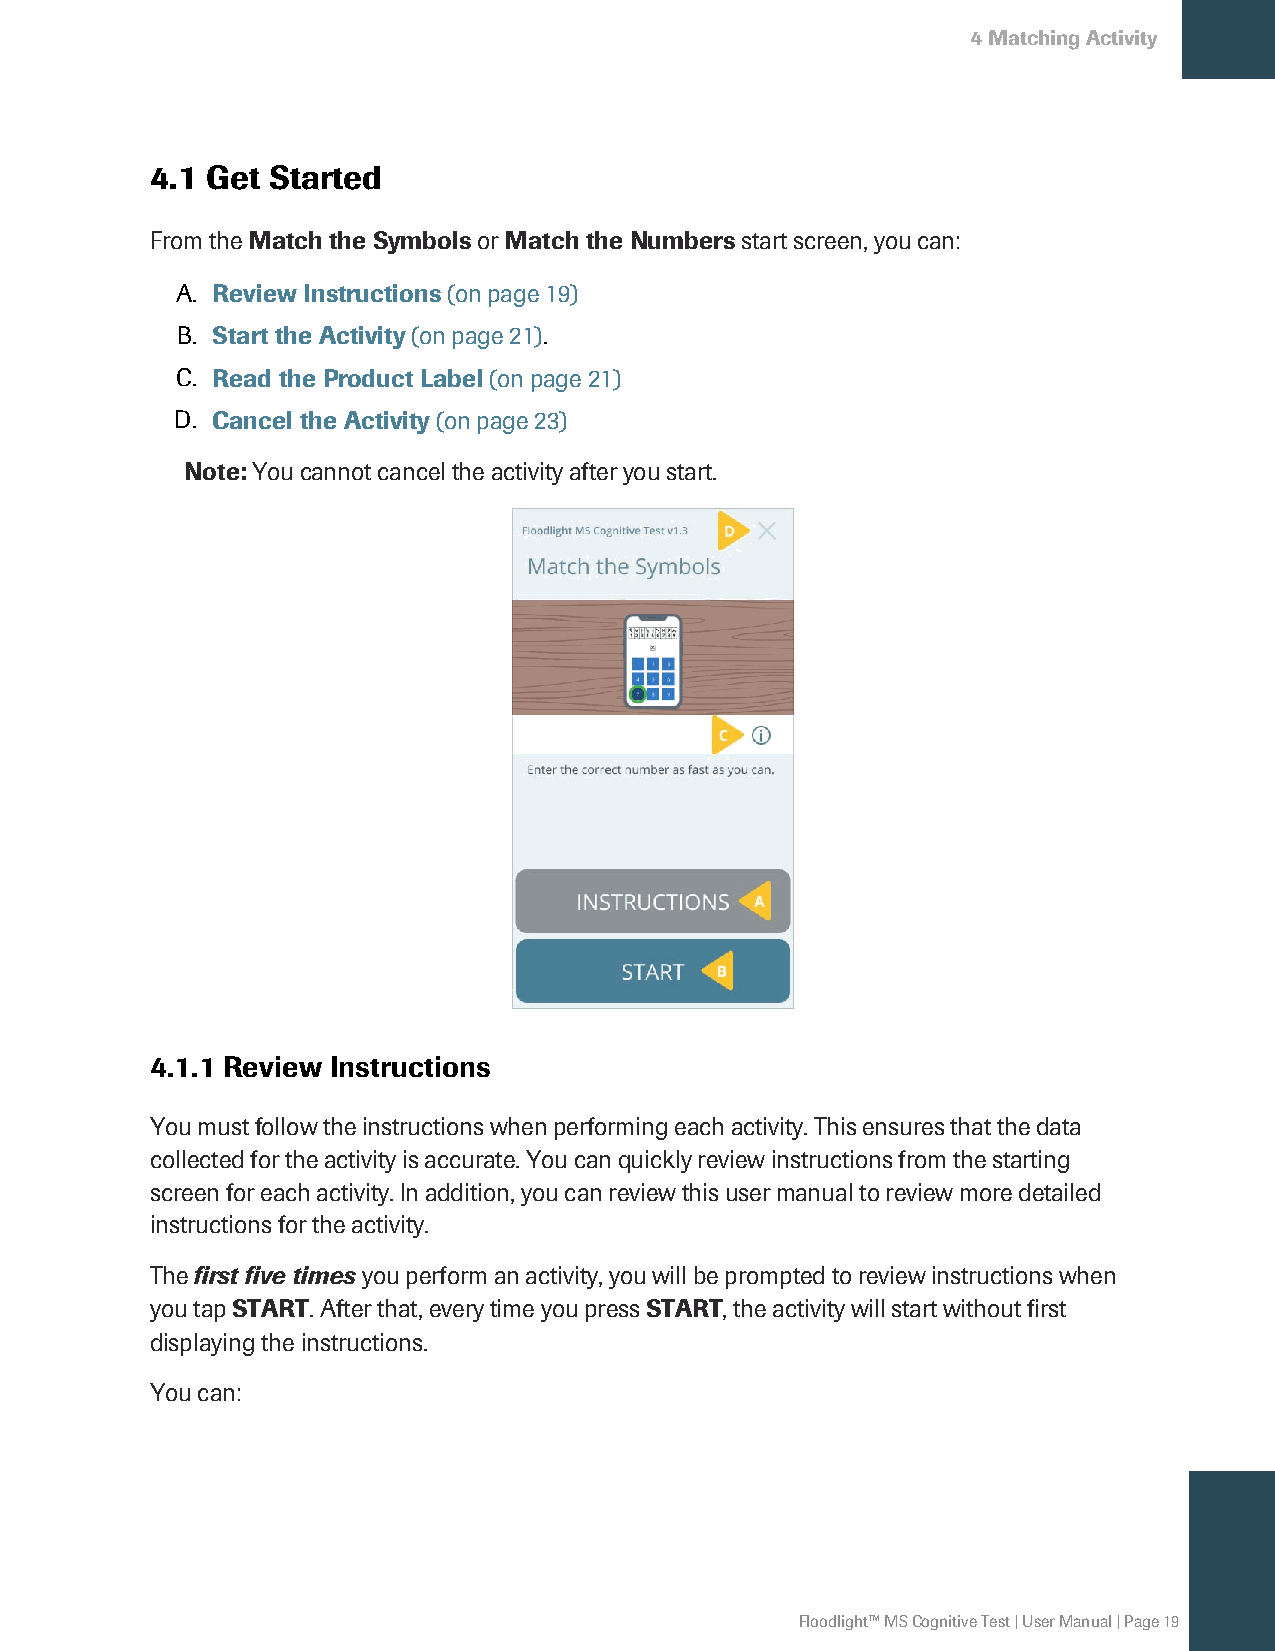
4MatchingActivity
 4.1 Get Started
 FromtheMatch the SymbolsorMatch the Numbersstartscreen,youcan:
 A. Review Instructions(onpage19)
 B. Start the Activity(onpage21).
 C. Read the Product Label(onpage21)
 D. Cancel the Activity(onpage23)
 Note:Youcannotcanceltheactivityafteryoustart.
 4.1.1 Review Instructions
 Youmustfollowtheinstructionswhenperformingeachactivity.Thisensuresthatthedata
 collectedfortheactivityisaccurate.Youcanquicklyreviewinstructionsfromthestarting
 screenforeachactivity.In addition,youcanreviewthisusermanualtoreviewmoredetailed
 instructionsfortheactivity.
 Thefirst five timesyouperformanactivity,youwillbepromptedtoreviewinstructionswhen
 youtapSTART.After that,everytimeyoupressSTART,theactivitywillstartwithoutfirst
 displayingtheinstructions.
 Youcan:
 Floodlight™MSCognitiveTest|UserManual|Page19